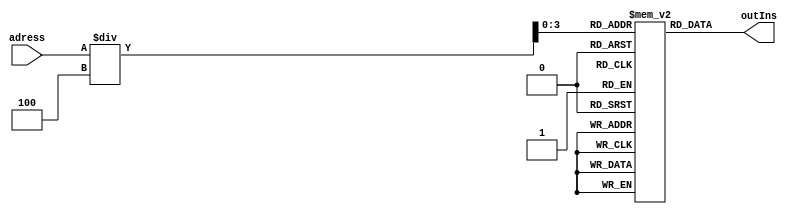
module InsMemory(input [15:0] adress, output reg[15:0] outIns);
    integer               data_file    ; // file handler
    integer               scan_file    ; // file handler
    `define NULL 0
    
    reg [15:0] instractions [0:15];
    initial begin
      
    
    instractions[0] = 16'b0000000001000000 ;
    instractions[1] = 16'b0000000001000001 ;
    instractions[2] = 16'b0000010100010010  ;
    instractions[3] = 16'b0000100001011011  ;
    instractions[4] = 16'b0000111011111100  ;
    instractions[5] = 16'b0000001000010101 ;
    instractions[6] = 16'b0000101100011110  ; 
    // initial begin
    //   data_file = $fopen("./instructions.txt", "r");
    //   if (data_file == `NULL) begin                        //?????????????????????????????????
    //     $display("data_file handle was NULL");
    //     $finish;
    //   end
    end

    // integer i;
    // initial begin
    //   for (i=0; i<15; i=i+1) begin
    //     scan_file = $fscanf(data_file, "%b\n", instractions[i]); 
    //   end
    // end

    always @(*) begin
      outIns = instractions[adress/4];
    end
    
endmodule